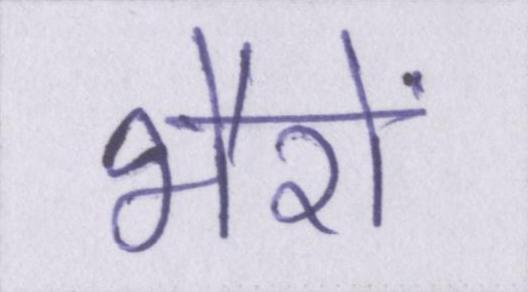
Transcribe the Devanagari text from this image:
भैरों